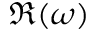
\Re ( \omega )